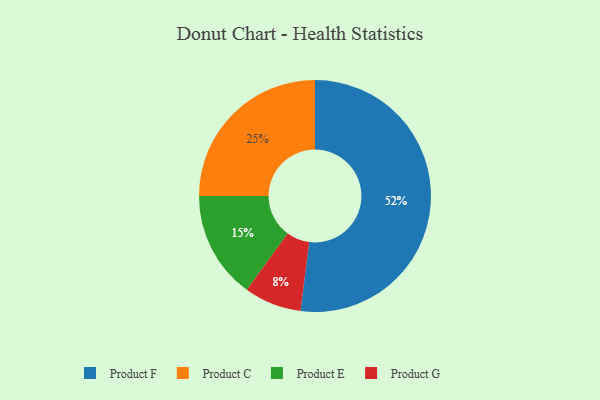
{"axis": {"x": "Category", "y": "Percentage"}, "legend": ["Product C", "Product E", "Product F", "Product G"], "data": [{"x": "Product C", "y": 25, "type": "Product C"}, {"x": "Product E", "y": 15, "type": "Product E"}, {"x": "Product F", "y": 52, "type": "Product F"}, {"x": "Product G", "y": 8, "type": "Product G"}]}